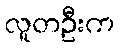
လူတဦးက